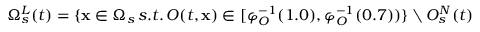
\Omega _ { s } ^ { L } ( t ) = \{ \mathbf { x } \in \Omega _ { s } \, s . t . \, O ( t , \mathbf { x } ) \in [ \varphi _ { O } ^ { - 1 } ( 1 . 0 ) , \varphi _ { O } ^ { - 1 } ( 0 . 7 ) ) \} \setminus O _ { s } ^ { N } ( t )